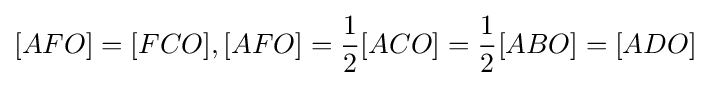
[AFO]=[FCO],[AFO]={\frac {1}{2}}[ACO]={\frac {1}{2}}[ABO]=[ADO]